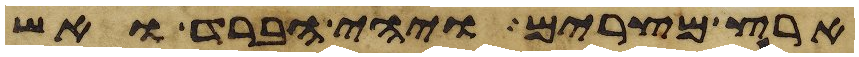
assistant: ארץ מצרים ויהי הברד ואש